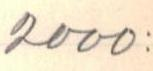
2000: